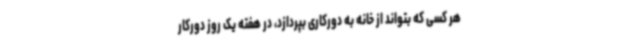
هر کسی که بتواند از خانه به دورکاری بپردازد، در هفته یک روز دورکار